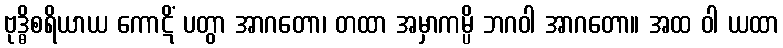
ဗုဒ္ဓိစရိယာယ ကောဋိံ ပတွာ အာဂတော၊ တထာ အမှာကမ္ပိ ဘဂဝါ အာဂတော။ အထ ဝါ ယထာ